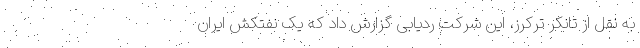
به نقل از تانکر ترکرز، این شرکت ردیابی گزارش داد که یک نفتکش ایران